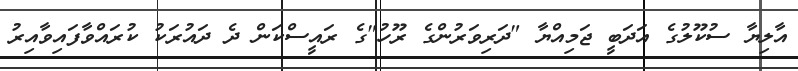
އާލިޔާ ސުކޫލުގެ އަދަބީ ޖަމިއްޔާ "ދަރިވަރުންގެ ރޫހު"ގެ ރައީސްކަން ދެ ދައުރަކު ކުރައްވާފައިވާއިރު